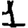
Digit: 1